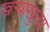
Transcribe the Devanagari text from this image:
खर्‍याखुर्‍या